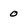
Character: 0